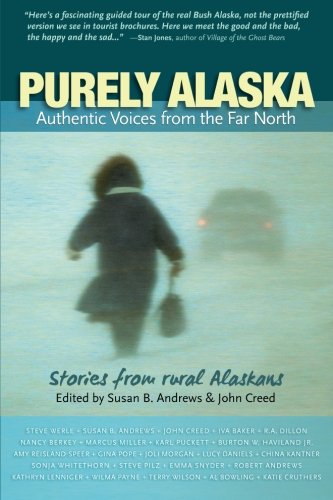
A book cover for Purely Alaska: Authentic Voices from the Far North; 32 writers from rural Alaska; Humor & Entertainment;